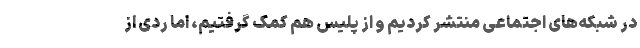
در شبکه‌های اجتماعی منتشر کردیم و از پلیس هم کمک گرفتیم، اما ردی از